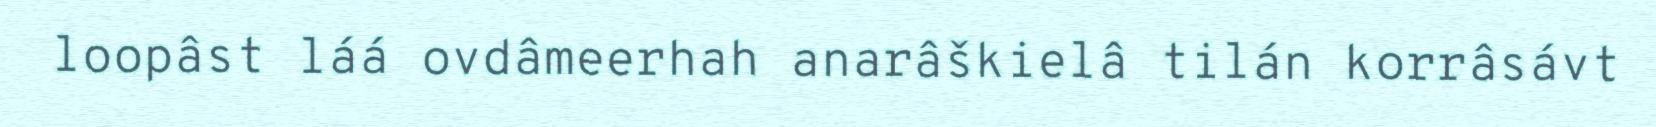
loopâst láá ovdâmeerhah anarâškielâ tilán korrâsávt